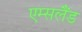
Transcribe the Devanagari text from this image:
एम्सलैंड